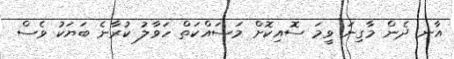
އާނ ދެން މާގިނަ ވީމަ ސޮއިކޮށް މަސައްކަތް ހަވާލު ކުރާނެ ބަޔަކު ވެސް